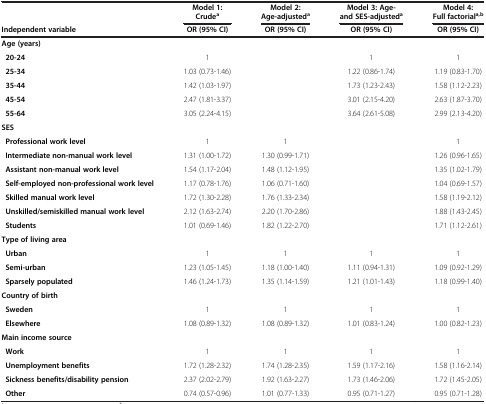
<table><thead><tr><td><b> </b></td><td><b> </b></td><td><b>Model 1: Crude<sup>a</sup></b></td><td><b> </b></td><td><b>Model 2: Age-adjusted<sup>a</sup></b></td><td><b> </b></td><td><b>Model 3: Age- and SES-adjusted<sup>a</sup></b></td><td><b> </b></td><td><b>Model 4: Full factorial<sup>a,b</sup></b></td></tr><tr><td><b>Independent variable</b></td><td><b> </b></td><td><b>OR (95% CI)</b></td><td><b> </b></td><td><b>OR (95% CI)</b></td><td><b> </b></td><td><b>OR (95% CI)</b></td><td><b> </b></td><td><b>OR (95% CI)</b></td></tr></thead><tbody><tr><td><b>Age (years)</b></td><td> </td><td> </td><td> </td><td> </td><td> </td><td> </td><td> </td><td> </td></tr><tr><td><b> 20-24</b></td><td> </td><td>1</td><td> </td><td> </td><td> </td><td>1</td><td> </td><td>1</td></tr><tr><td><b> 25-34</b></td><td> </td><td>1.03 (0.73-1.46)</td><td> </td><td> </td><td> </td><td>1.22 (0.86-1.74)</td><td> </td><td>1.19 (0.83-1.70)</td></tr><tr><td><b> 35-44</b></td><td> </td><td>1.42 (1.03-1.97)</td><td> </td><td> </td><td> </td><td>1.73 (1.23-2.43)</td><td> </td><td>1.58 (1.12-2.23)</td></tr><tr><td><b> 45-54</b></td><td> </td><td>2.47 (1.81-3.37)</td><td> </td><td> </td><td> </td><td>3.01 (2.15-4.20)</td><td> </td><td>2.63 (1.87-3.70)</td></tr><tr><td><b> 55-64</b></td><td> </td><td>3.05 (2.24-4.15)</td><td> </td><td> </td><td> </td><td>3.64 (2.61-5.08)</td><td> </td><td>2.99 (2.13-4.20)</td></tr><tr><td><b>SES</b></td><td> </td><td> </td><td> </td><td> </td><td> </td><td> </td><td> </td><td> </td></tr><tr><td><b> Professional work level</b></td><td> </td><td>1</td><td> </td><td>1</td><td> </td><td> </td><td> </td><td>1</td></tr><tr><td><b> Intermediate non-manual work level</b></td><td> </td><td>1.31 (1.00-1.72)</td><td> </td><td>1.30 (0.99-1.71)</td><td> </td><td> </td><td> </td><td>1.26 (0.96-1.65)</td></tr><tr><td><b> Assistant non-manual work level</b></td><td> </td><td>1.54 (1.17-2.04)</td><td> </td><td>1.48 (1.12-1.95)</td><td> </td><td> </td><td> </td><td>1.35 (1.02-1.79)</td></tr><tr><td><b> Self-employed non-professional work level</b></td><td> </td><td>1.17 (0.78-1.76)</td><td> </td><td>1.06 (0.71-1.60)</td><td> </td><td> </td><td> </td><td>1.04 (0.69-1.57)</td></tr><tr><td><b> Skilled manual work level</b></td><td> </td><td>1.72 (1.30-2.28)</td><td> </td><td>1.76 (1.33-2.34)</td><td> </td><td> </td><td> </td><td>1.58 (1.19-2.12)</td></tr><tr><td><b> Unskilled/semiskilled manual work level</b></td><td> </td><td>2.12 (1.63-2.74)</td><td> </td><td>2.20 (1.70-2.86)</td><td> </td><td> </td><td> </td><td>1.88 (1.43-2.45)</td></tr><tr><td><b> Students</b></td><td> </td><td>1.01 (0.69-1.46)</td><td> </td><td>1.82 (1.22-2.70)</td><td> </td><td> </td><td> </td><td>1.71 (1.12-2.61)</td></tr><tr><td><b>Type of living area</b></td><td> </td><td> </td><td> </td><td> </td><td> </td><td> </td><td> </td><td> </td></tr><tr><td><b> Urban</b></td><td> </td><td>1</td><td> </td><td>1</td><td> </td><td>1</td><td> </td><td>1</td></tr><tr><td><b> Semi-urban</b></td><td> </td><td>1.23 (1.05-1.45)</td><td> </td><td>1.18 (1.00-1.40)</td><td> </td><td>1.11 (0.94-1.31)</td><td> </td><td>1.09 (0.92-1.29)</td></tr><tr><td><b> Sparsely populated</b></td><td> </td><td>1.46 (1.24-1.73)</td><td> </td><td>1.35 (1.14-1.59)</td><td> </td><td>1.21 (1.01-1.43)</td><td> </td><td>1.18 (0.99-1.40)</td></tr><tr><td><b>Country of birth</b></td><td> </td><td> </td><td> </td><td> </td><td> </td><td> </td><td> </td><td> </td></tr><tr><td><b> Sweden</b></td><td> </td><td>1</td><td> </td><td>1</td><td> </td><td>1</td><td> </td><td>1</td></tr><tr><td><b> Elsewhere</b></td><td> </td><td>1.08 (0.89-1.32)</td><td> </td><td>1.08 (0.89-1.32)</td><td> </td><td>1.01 (0.83-1.24)</td><td> </td><td>1.00 (0.82-1.23)</td></tr><tr><td><b>Main income source</b></td><td> </td><td> </td><td> </td><td> </td><td> </td><td> </td><td> </td><td> </td></tr><tr><td><b> Work</b></td><td> </td><td>1</td><td> </td><td>1</td><td> </td><td>1</td><td> </td><td>1</td></tr><tr><td><b> Unemployment benefits</b></td><td> </td><td>1.72 (1.28-2.32)</td><td> </td><td>1.74 (1.28-2.35)</td><td> </td><td>1.59 (1.17-2.16)</td><td> </td><td>1.58 (1.16-2.14)</td></tr><tr><td colspan="2"><b> Sickness benefits/disability pension</b></td><td>2.37 (2.02-2.79)</td><td> </td><td>1.92 (1.63-2.27)</td><td> </td><td>1.73 (1.46-2.06)</td><td> </td><td>1.72 (1.45-2.05)</td></tr><tr><td><b> Other</b></td><td> </td><td>0.74 (0.57-0.96)</td><td> </td><td>1.01 (0.77-1.33)</td><td> </td><td>0.95 (0.71-1.27)</td><td> </td><td>0.95 (0.71-1.28)</td></tr></tbody></table>